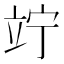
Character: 竚